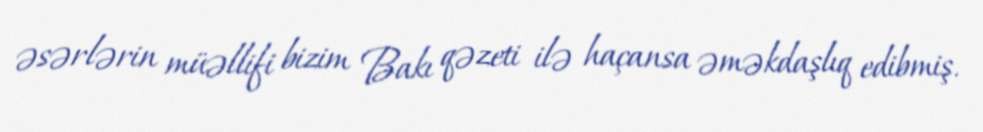
əsərlərin müəllifi bizim Bakı qəzeti ilə haçansa əməkdaşlıq edibmiş.